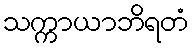
သက္ကာယာဘိရတံ